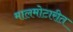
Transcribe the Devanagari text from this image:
मालमोटारीत